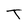
Character: T